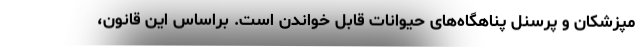
مپزشکان و پرسنل پناهگاه‌های حیوانات قابل خواندن است. براساس این قانون،